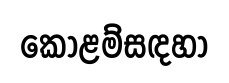
කෝළම්සඳහා